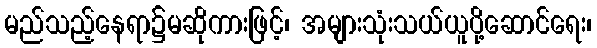
မည်သည့်နေရာ၌မဆိုကားဖြင့်၊ အများသုံးသယ်ယူပို့ဆောင်ရေး၊